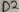
Text: D2